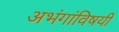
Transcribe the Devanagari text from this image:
अभंगांविषयी